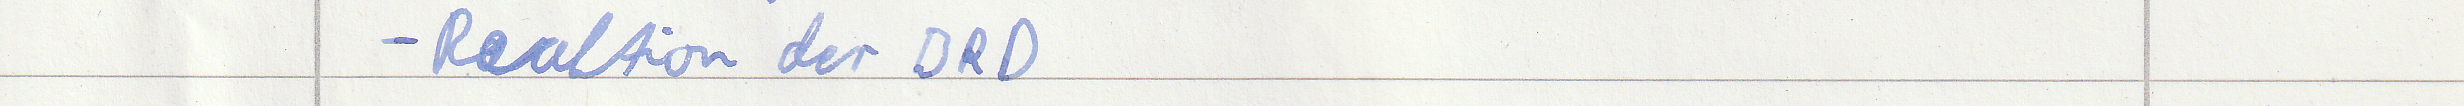
- Reaktion der BRD